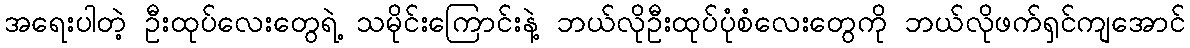
အရေးပါတဲ့ ဦးထုပ်လေးတွေရဲ့ သမိုင်းကြောင်းနဲ့ ဘယ်လိုဦးထုပ်ပုံစံလေးတွေကို ဘယ်လိုဖက်ရှင်ကျအောင်